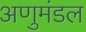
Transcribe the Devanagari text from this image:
अणुमंडल